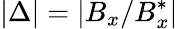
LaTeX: |\Delta|=|B_{x}/B_{x}^{*}|